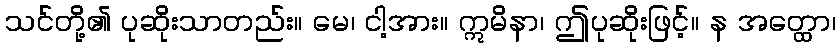
သင်တို့၏ ပုဆိုးသာတည်း။ မေ၊ ငါ့အား။ ဣမိနာ၊ ဤပုဆိုးဖြင့်။ န အတ္ထော၊